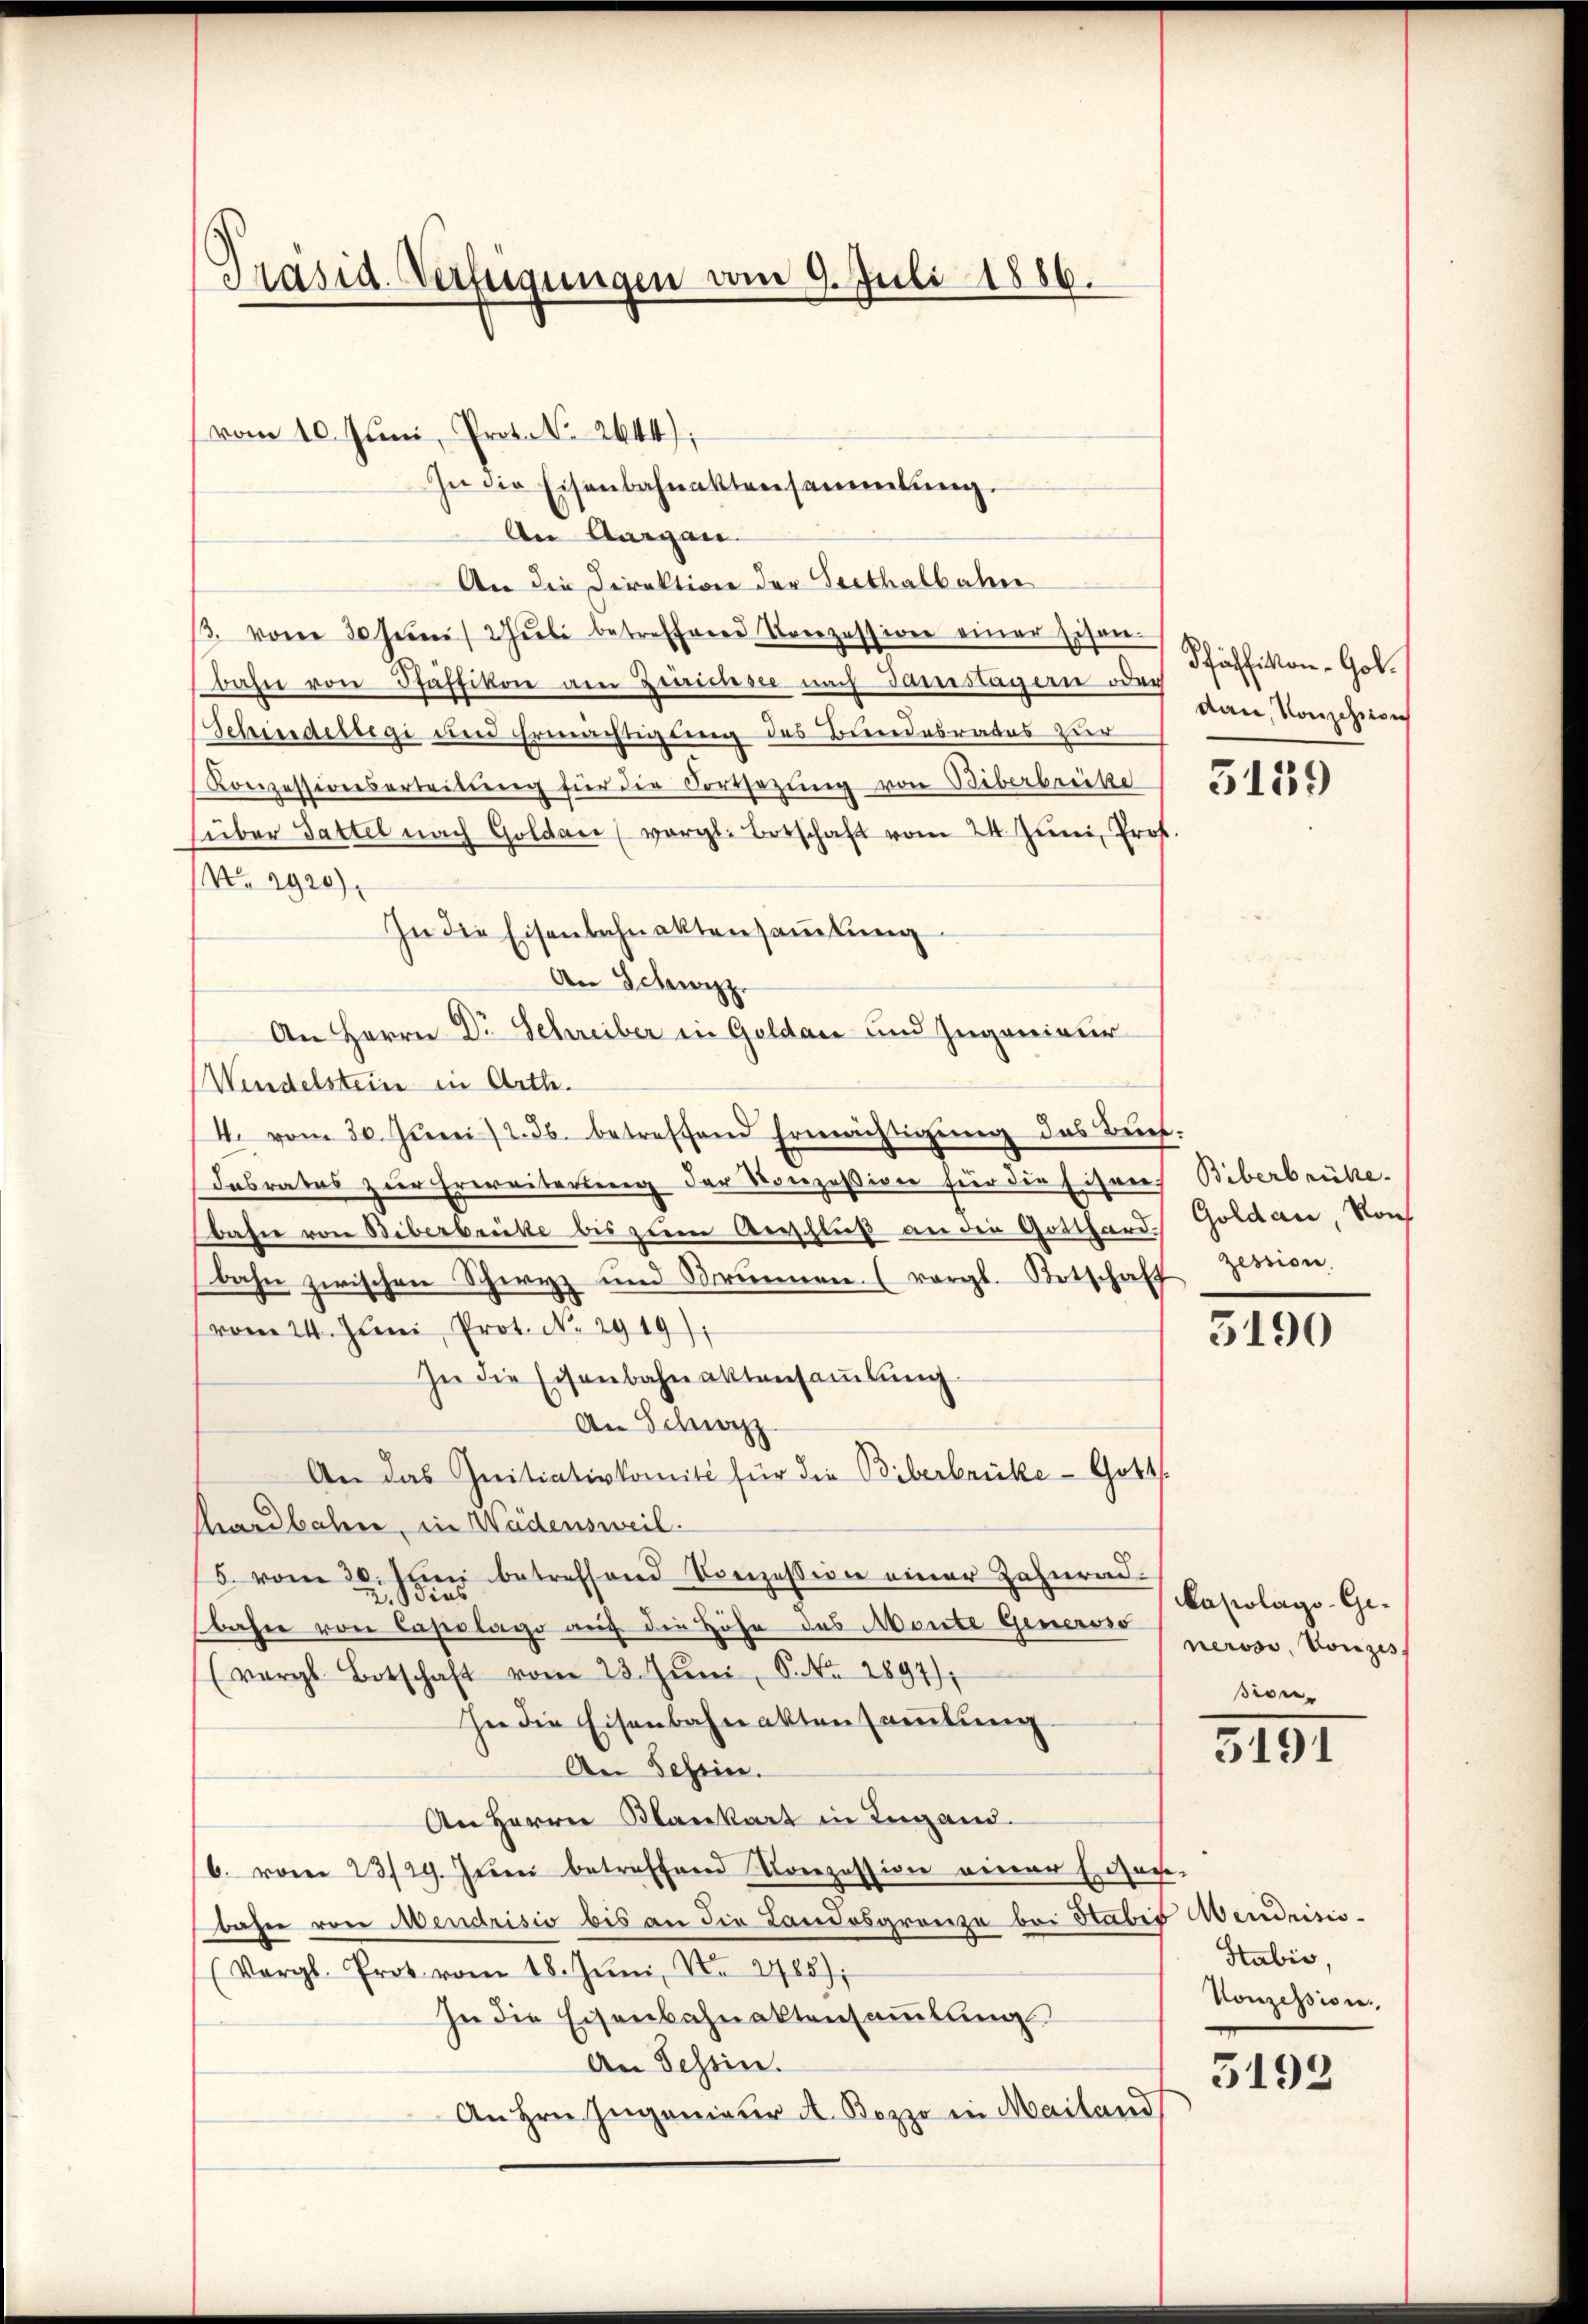
Präsid. Verfügungen vom 9. Juli 1886.

vom 10. Juni, Protol. 2644);
In die Eisenbahnaktensammlung.
An Aargau
An die Direktion der Seethalbahn
/. von 30 Juni Jŭli betreffend Konzession einer Eisen
bahn von Pfäffikon am Braussee nach Tamstagern oder
Schindelege der Ermächtigung des Bundesrates zur
Konzessionsarteilŭng für die Fortsetzung von Biberbrücke 155.
(über Gattel nach Goldau (vergl. Botschaft vom 24. Jŭni Prof.
No. 2920)
In die Eisenbahnaktensaṁlŭng
An Schwyz
An Herrn Dr. Schreiber in Goldau und Zugenieur
(Wendelstein in Arth.
4. vom 30. Juni /2. Jb. betreffend Ermächtigung des Buch.
Dasrates zur Erweiterung der Konzession für die Eisres Biberbrücke.
bahn von Biberbrücke bis zum Verschluß an die Gotthard Goldau, von
bahn zwischen Schwyz und Brunnen (vergl. Botschaff
vom 24. Juni, Prot. N. 2919).
In die Eisenbahnaktensaṁlŭng
An Schweizz
An das Initiativkomite für die Biberbrücke - Gotts
thardbahne, in Wadensweil.
5. vom 30. Jun betreffend Konzession einer Zahnrad
bahn von Casslage auf die Höhe des Monte Gener nerose Konzess
(vergl. Botschaft vom 23. Jŭni, P. Nr. 2897),
In die Eisenbahnaktensammlung
An Schein.
An Herrn Plankart in Ingand.
(6. vom 23/29. Jŭni betreffend Konzession einer Eisen-
bahre von Mendrisio bis an die Landosgrenza bei Habis Aendrisis-
(Vergl. Prot. vom 18. Jŭni, Nr. 2785);
In die Eisenbahnaktensammlung
An Tessin.
An Hrn. Ingenieur A. Bozzo in Mailand

Pfäffikon-Golnau, Konschen

zession.

3190

Kapolago-Gesion.

3191

Stabis,
Konzession.

3192